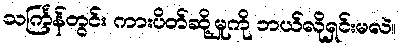
သင်္ကြန်တွင်း ကားပိတ်ဆို့မှုကို ဘယ်လိုရှင်းမလဲ။